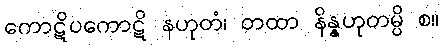
ကောဋိပကောဋိ နဟုတံ၊ တထာ နိန္နဟုတမ္ပိ စ။